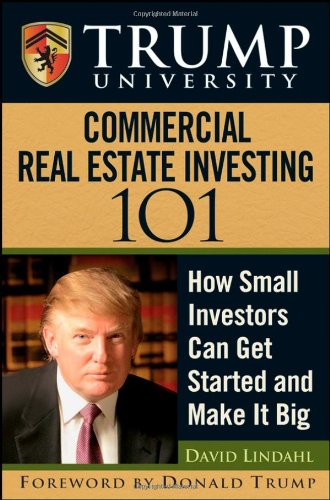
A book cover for Trump University Commercial Real Estate 101: How Small Investors Can Get Started and Make It Big; David Lindahl; Business & Money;